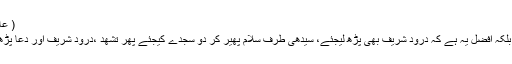
( عالمگیری،ج۱،ص۱۲۷)
{14} اَلتَّحِیَّات پڑھ کر بلکہ افضل یہ ہے کہ دُرُود شریف بھی پڑھ لیجئے، سیدھی طرف سلام پھیر کر دو سجدے کیجئے پھر تَشَھُّد ،دُرُود شریف اور دُعا پڑھ کر سلام پھیر دیجئے۔